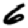
Digit: 6